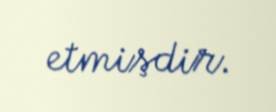
etmişdir.